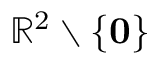
{ \mathbb R } ^ { 2 } \setminus \{ { \bf 0 } \}